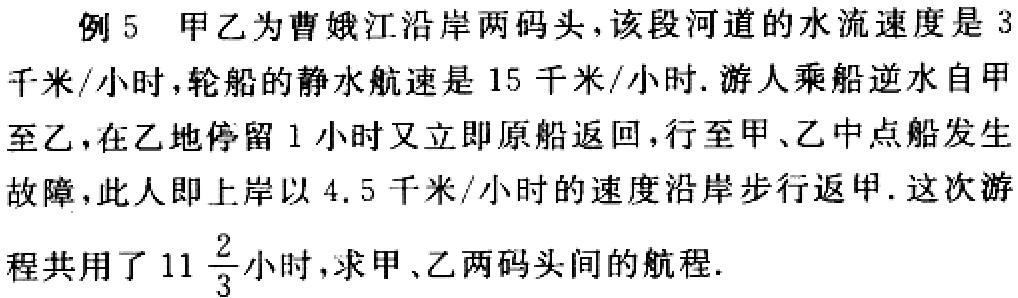
例5 甲乙为曹娥江沿岸两码头，该段河道的水流速度是3千米/小时，轮船的静水航速是15千米/小时. 游人乘船逆水自甲至乙，在乙地停留1小时又立即原船返回，行至甲、乙中点船发生故障，此人即上岸以4.5千米/小时的速度沿岸步行返甲. 这次游程共用了\(11\frac{2}{3}\)小时，求甲、乙两码头间的航程.